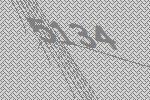
5134